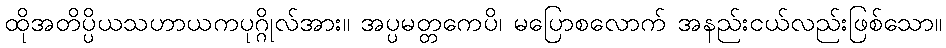
ထိုအတိပ္ပိယသဟာယကပုဂ္ဂိုလ်အား။ အပ္ပမတ္တကေပိ၊ မပြောစလောက် အနည်းငယ်လည်းဖြစ်သော။